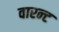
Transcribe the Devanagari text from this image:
वारन्‍ट